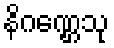
နိဂဏ္ဌေသု